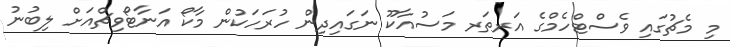
މި މެޗުގައި ވެސްޓްހެމްގެ އަރތަރ މަސުއާކޫ ނަގައިދިން ހުރަހަކުން މާކޯ އަނާޓޯވިޗްއަށް ލިބުނު